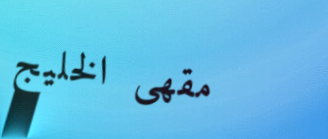
مقهى الخليج